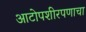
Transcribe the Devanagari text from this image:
आटोपशीरपणाचा